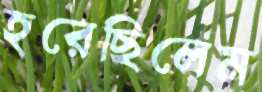
হরেছিলেম